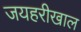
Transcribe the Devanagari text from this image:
जयहरीखाल